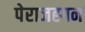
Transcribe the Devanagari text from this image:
पेराजह्गन